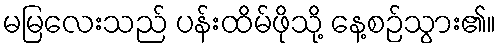
မမြလေးသည် ပန်းထိမ်ဖိုသို့ နေ့စဉ်သွား၏။